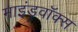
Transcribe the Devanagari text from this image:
माइंडवॉक्स